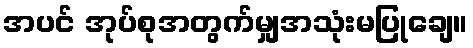
အပင် အုပ်စုအတွက်မျှအသုံးမပြုချေ။